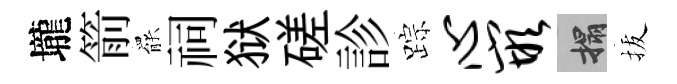
壠箭罷祠狱磋診踪心嵌搨拔